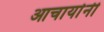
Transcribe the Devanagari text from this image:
आचार्यानी